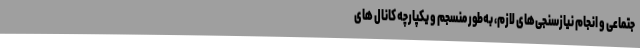
جتماعی و انجام نیازسنجی‌های لازم، به‌طور منسجم و یکپارچه کانال های